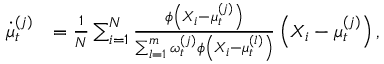
\begin{array} { r l } { \dot { \mu } _ { t } ^ { ( j ) } } & { = \frac { 1 } { N } \sum _ { i = 1 } ^ { N } \frac { \phi \left( X _ { i } - \mu _ { t } ^ { ( j ) } \right) } { \sum _ { l = 1 } ^ { m } \omega _ { t } ^ { ( j ) } \phi \left( X _ { i } - \mu _ { t } ^ { ( l ) } \right) } \left( X _ { i } - \mu _ { t } ^ { ( j ) } \right) , } \end{array}